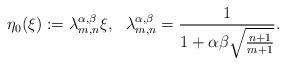
LaTeX: \begin{align*}\eta_{0}(\xi):=\lambda^{\alpha,\beta}_{m,n} \xi,~~\lambda^{\alpha,\beta}_{m,n}=\frac{1}{1+\alpha\beta\sqrt{\frac{n+1}{m+1}}}.\end{align*}